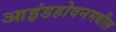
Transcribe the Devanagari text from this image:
आइंडहोवनमधील